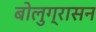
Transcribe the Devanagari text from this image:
बोलुग्रासन